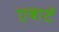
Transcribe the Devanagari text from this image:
एबार्ट